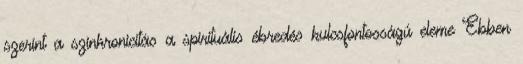
szerint a szinkronicitás a spirituális ébredés kulcsfontosságú eleme Ebben